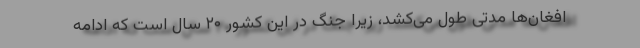
افغان‌ها مدتی طول می‌کشد، زیرا جنگ در این کشور ۲۰ سال است که ادامه